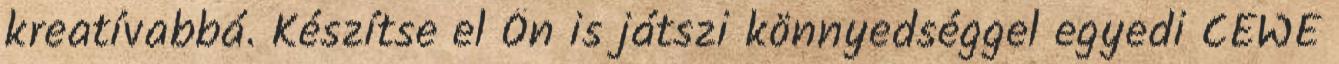
kreatívabbá. Készítse el Ön is játszi könnyedséggel egyedi CEWE